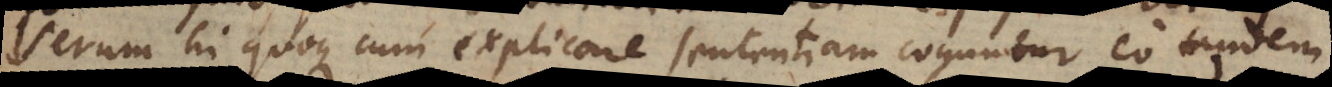
Verum hi quoque cum explicare sententiam coguntur, eo tandem